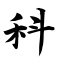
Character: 科